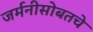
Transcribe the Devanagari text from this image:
जर्मनीसोबतचे